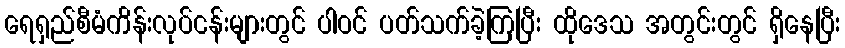
ရေရှည်စီမံကိန်းလုပ်ငန်းများတွင် ပါဝင် ပတ်သက်ခဲ့ကြပြီး ထိုဒေသ အတွင်းတွင် ရှိနေပြီး